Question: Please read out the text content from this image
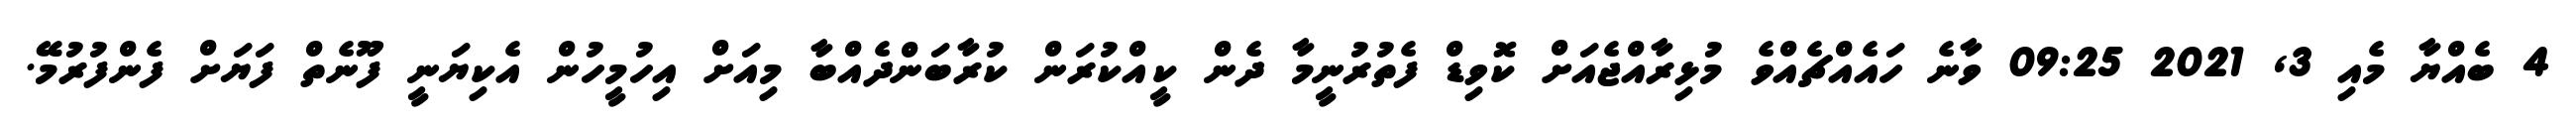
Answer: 4 ބެއްޔާ މެއި 3, 2021 09:25 ވާނެ ހައެއްޗެއްވެ މުޅިރާއްޖެއަށް ކޮވިޑް ފެތުރުނީމާ ދެން ކީއްކުރަން ކުރާބަންދެއްބާ މިއަށް އިހުމީހުން އެކިޔަނީ ފޫނެތް ފަޔަށް ފެންފުރުމޭ.